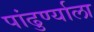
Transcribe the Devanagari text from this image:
पांढुर्ण्याला